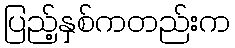
ပြည့်နှစ်ကတည်းက